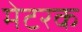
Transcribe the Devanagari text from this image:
मेटरक